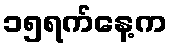
၁၅ရက်နေ့က